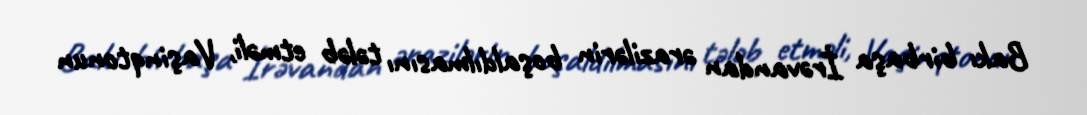
Bakı birbaşa İrəvandan ərazilərin boşaldılmasını tələb etməli, Vaşinqtonun